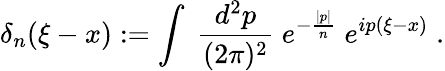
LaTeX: \delta_{n}(\xi-x):=\int\; \frac{d^{2}p}{(2\pi)^{2}}\; e^{-\frac{|p|}{n}}\; e^{ip(\xi-x)}\; .